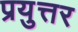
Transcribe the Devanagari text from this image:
प्रयुत्तर